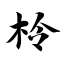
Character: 柃